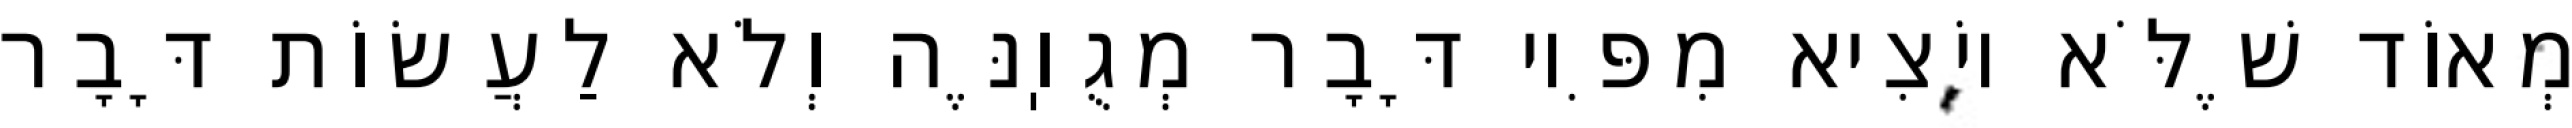
מְאוֹד שֶׁלֹּא יוֹצִיא מִפִּיו דָּבָר מְגֻוֽנֶּה וְלֹא לַעֲשׂוֹת דָּבָר